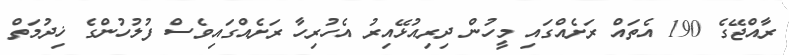
ރާއްޖޭގެ 190 އެތައް ރަށެއްގައި މީހުން ދިރިއުޅޭއިރު އެހުރިހާ ރަށެއްގައިވެސް ފުލުހުންގެ ޚިދުމަތް